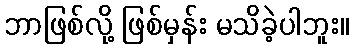
ဘာဖြစ်လို့ ဖြစ်မှန်း မသိခဲ့ပါဘူး။